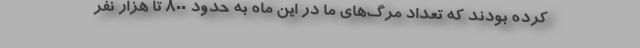
کرده بودند که تعداد مرگ‌های ما در این ماه به حدود ۸۰۰ تا هزار نفر